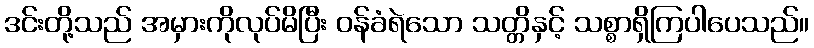
ဒင်းတို့သည် အမှားကိုလုပ်မိပြီး ဝန်ခံရဲသော သတ္တိနှင့် သစ္စာရှိကြပါပေသည်။